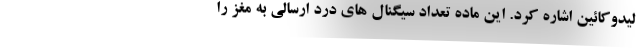
لیدوکائین اشاره کرد. این ماده تعداد سیگنال های درد ارسالی به مغز را